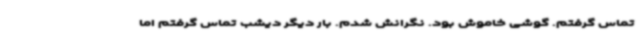
تماس گرفتم. گوشی خاموش بود. نگرانش شدم. بار دیگر دیشب تماس گرفتم اما